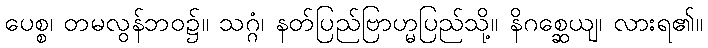
ပေစ္စ၊ တမလွန်ဘဝ၌။ သဂ္ဂံ၊ နတ်ပြည်ဗြာဟ္မပြည်သို့။ နိဂစ္ဆေယျ၊ လားရ၏။